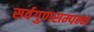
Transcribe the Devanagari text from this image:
सर्वगुणसम्पन्न